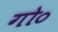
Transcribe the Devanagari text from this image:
गो०